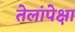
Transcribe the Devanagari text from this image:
तेलांपेक्षा